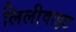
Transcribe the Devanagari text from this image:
लिलीवाइट